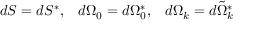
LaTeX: d S = d S ^ { * } , \; \; \; d \Omega _ { 0 } = d \Omega _ { 0 } ^ { * } , \; \; \; d \Omega _ { k } = d \tilde { \Omega } _ { k } ^ { * }